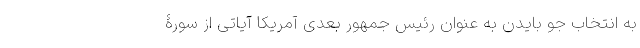
به انتخاب جو بایدن به عنوان رئیس جمهور بعدی آمریکا آیاتی از سورۀ